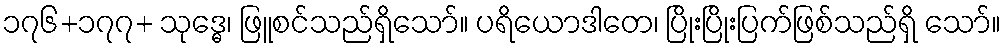
၁၇၆+၁၇၇+ သုဒ္ဓေ၊ ဖြူစင်သည်ရှိသော်။ ပရိယောဒါတေ၊ ပြိုးပြိုးပြက်ဖြစ်သည်ရှိ သော်။